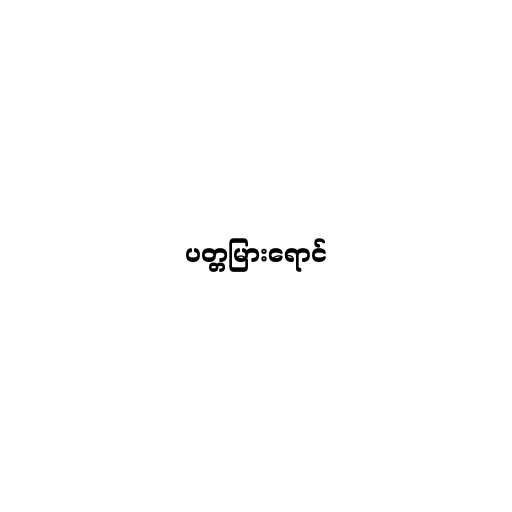
ပတ္တမြားရောင်